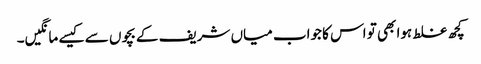
کچھ غلط ہوا بھی تو اس کا جواب میاں شریف کے بچوں سے کیسے مانگیں۔